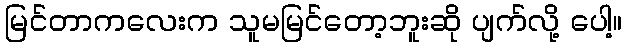
မြင်တာကလေးက သူမမြင်တော့ဘူးဆို ပျက်လို့ ပေါ့။